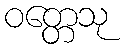
ဝတ္တေသု